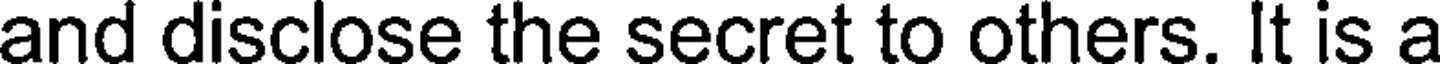
and disclose the secret to others. It is a